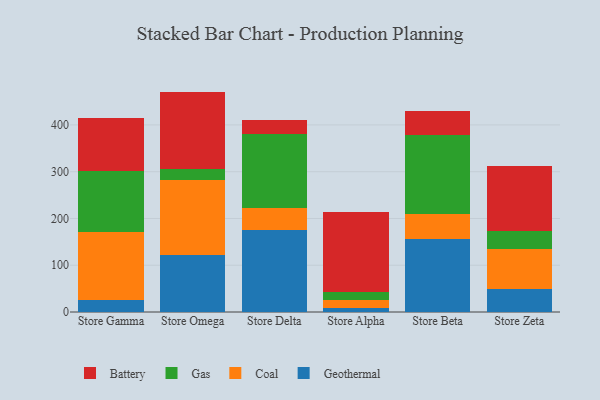
{"axis": {"x": "Store", "y": "Conversion Rate (%)"}, "legend": ["Battery", "Coal", "Gas", "Geothermal"], "data": [{"x": "Store Gamma", "y": 25.5, "type": "Geothermal"}, {"x": "Store Gamma", "y": 145.4, "type": "Coal"}, {"x": "Store Gamma", "y": 131.2, "type": "Gas"}, {"x": "Store Gamma", "y": 113.8, "type": "Battery"}, {"x": "Store Omega", "y": 122.5, "type": "Geothermal"}, {"x": "Store Omega", "y": 159.8, "type": "Coal"}, {"x": "Store Omega", "y": 23.7, "type": "Gas"}, {"x": "Store Omega", "y": 165.3, "type": "Battery"}, {"x": "Store Delta", "y": 176.2, "type": "Geothermal"}, {"x": "Store Delta", "y": 46.8, "type": "Coal"}, {"x": "Store Delta", "y": 156.6, "type": "Gas"}, {"x": "Store Delta", "y": 30.4, "type": "Battery"}, {"x": "Store Alpha", "y": 9.1, "type": "Geothermal"}, {"x": "Store Alpha", "y": 16.0, "type": "Coal"}, {"x": "Store Alpha", "y": 17.2, "type": "Gas"}, {"x": "Store Alpha", "y": 171.2, "type": "Battery"}, {"x": "Store Beta", "y": 156.6, "type": "Geothermal"}, {"x": "Store Beta", "y": 52.1, "type": "Coal"}, {"x": "Store Beta", "y": 170.8, "type": "Gas"}, {"x": "Store Beta", "y": 50.6, "type": "Battery"}, {"x": "Store Zeta", "y": 48.9, "type": "Geothermal"}, {"x": "Store Zeta", "y": 85.7, "type": "Coal"}, {"x": "Store Zeta", "y": 38.2, "type": "Gas"}, {"x": "Store Zeta", "y": 139.9, "type": "Battery"}]}